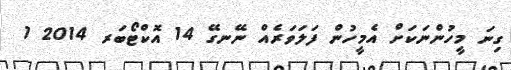
ގިނަ މީހުންނަކަށް އެމީހުން ފަލަވަރެއް ނޭނގޭ 14 އޮކްޓޯބަރ 2014 1